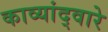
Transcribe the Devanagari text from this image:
काव्यांद्वारे